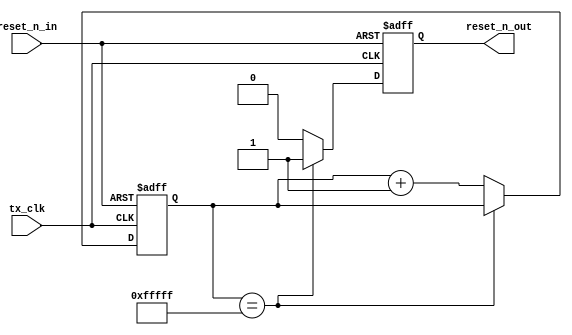
module gen_reset_n(
		tx_clk,
		reset_n_in,
		reset_n_out
	);
	
input 	tx_clk;	
input	reset_n_in;
output	reset_n_out;

reg		reset_n_out;


parameter					ctr_width			=	20; // richard 16;
reg		[ctr_width-1:0]		ctr;	// Reset counter
reg							enet_reset_n;

always	@(posedge tx_clk or negedge reset_n_in)
begin
	if	(!reset_n_in)
	begin
		reset_n_out	<=	0;
		ctr			<=	0;
	end else begin
		if	(ctr == {ctr_width{1'b1}})
		begin
			reset_n_out	<=	1'b1; //enet_resetn_pb;	// Auto reset phy 1st time
		end else begin
			ctr	<=	ctr + 1;
			reset_n_out	<=	0;
		end
	end
end

endmodule